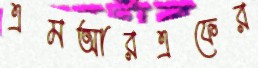
এমআরএফের